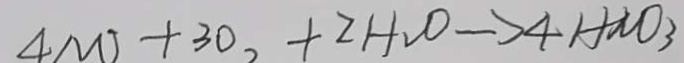
4 N O + 3 O + 2 H _ { 2 } O \rightarrow 4 H N O _ { 3 }